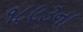
૧૮૯૩ના